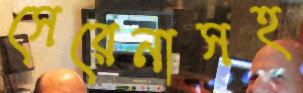
সেরেনাসহ